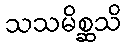
သသမိစ္ဆသိ